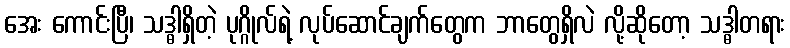
အေး ကောင်းပြီ၊ သဒ္ဓါရှိတဲ့ ပုဂ္ဂိုလ်ရဲ့ လုပ်ဆောင်ချက်တွေက ဘာတွေရှိလဲ လို့ဆိုတော့ သဒ္ဓါတရား